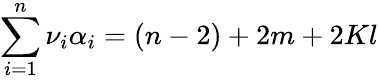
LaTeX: \sum_{i=1}^{n}\nu_{i}\alpha_{i}=(n-2)+2m+2Kl